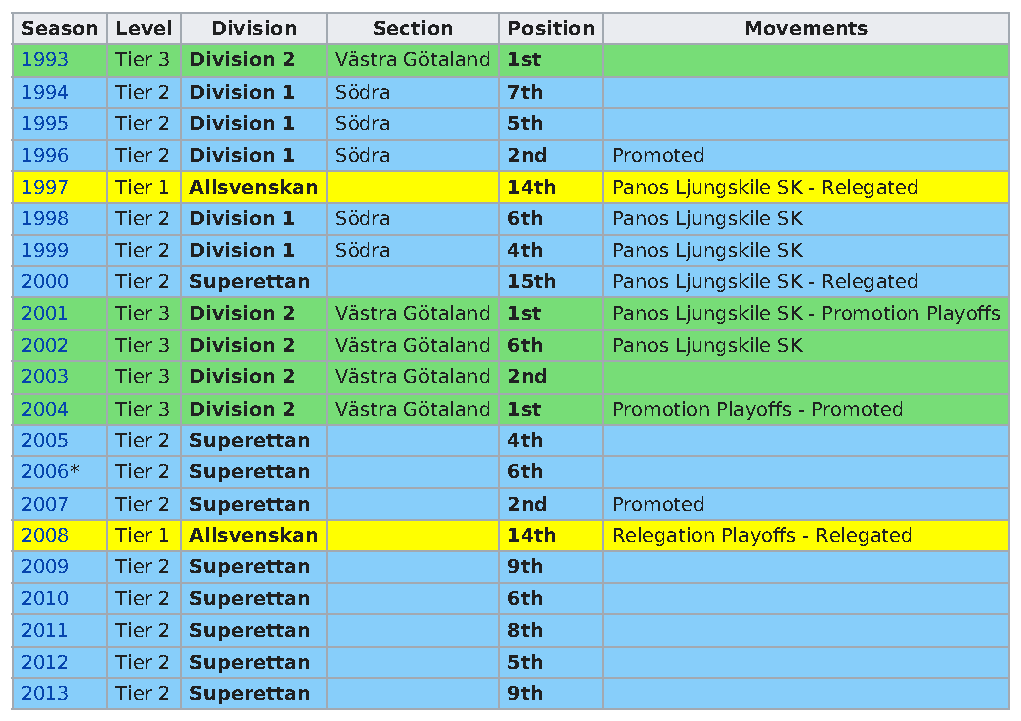
Season Level Division   Section  Position       Movements
 1993   Tier 3 Division 2 Västra Götaland 1st
 1994   Tier 2 Division 1 Södra   7th
 1995   Tier 2 Division 1 Södra   5th
 1996   Tier 2 Division 1 Södra   2nd   Promoted
 1997   Tier 1 Allsvenskan        14th  Panos Ljungskile SK - Relegated
 1998   Tier 2 Division 1 Södra   6th   Panos Ljungskile SK
 1999   Tier 2 Division 1 Södra   4th   Panos Ljungskile SK
 2000   Tier 2 Superettan         15th  Panos Ljungskile SK - Relegated
 2001   Tier 3 Division 2 Västra Götaland 1st Panos Ljungskile SK - Promotion Playoffs
 2002   Tier 3 Division 2 Västra Götaland 6th Panos Ljungskile SK
 2003   Tier 3 Division 2 Västra Götaland 2nd
 2004   Tier 3 Division 2 Västra Götaland 1st Promotion Playoffs - Promoted
 2005   Tier 2 Superettan         4th
 2006*  Tier 2 Superettan         6th
 2007   Tier 2 Superettan         2nd   Promoted
 2008   Tier 1 Allsvenskan        14th  Relegation Playoffs - Relegated
 2009   Tier 2 Superettan         9th
 2010   Tier 2 Superettan         6th
 2011   Tier 2 Superettan         8th
 2012   Tier 2 Superettan         5th
 2013   Tier 2 Superettan         9th